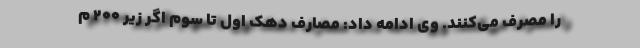
را مصرف می‌کنند. وی ادامه داد: مصارف دهک اول تا سوم اگر زیر 200 م